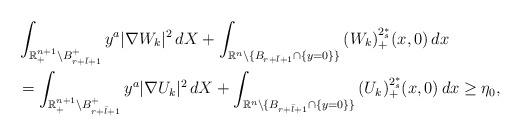
LaTeX: \begin{align*}&\int_{\mathbb{R}^{n+1}_+\setminus B^+_{r+\bar{l}+1}}{y^a|\nabla W_k|^2\,dX}+\int_{\mathbb{R}^n\setminus\{B_{r+\bar{l}+1}\cap\{y=0\}\}}{(W_k)_+^{2^*_s}(x,0)\,dx}\\&=\int_{\mathbb{R}^{n+1}_+\setminus B^+_{r+\bar{l}+1}}{y^a|\nabla U_k|^2\,dX}+\int_{\mathbb{R}^n\setminus\{B_{r+\bar{l}+1}\cap\{y=0\}\}}{(U_k)_+^{2^*_s}(x,0)\,dx}\geq \eta_0,\end{align*}